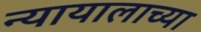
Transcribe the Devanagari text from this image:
न्यायालाच्या